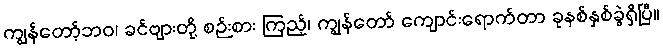
ကျွန်တော့်ဘဝ၊ ခင်ဗျားတို့ စဉ်းစား ကြည့်၊ ကျွန်တော် ကျောင်းရောက်တာ ခုနစ်နှစ်ခွဲရှိပြီ။